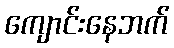
ကျောင်းနေဘက်